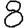
Digit: 8